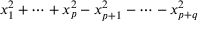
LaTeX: x _ { 1 } ^ { 2 } + \cdots + x _ { p } ^ { 2 } - x _ { p + 1 } ^ { 2 } - \cdots - x _ { p + q } ^ { 2 }